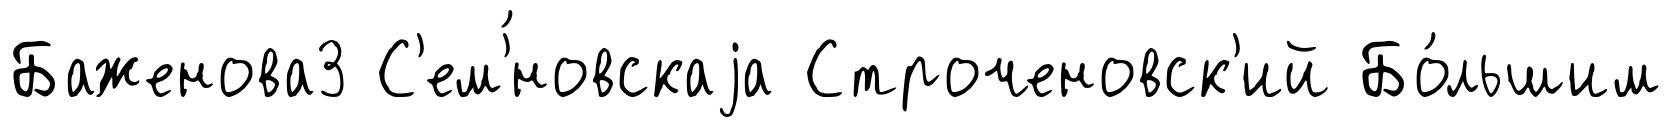
Баженова3 С'ем'́новскаjа Строченовск'ий Бо́льшим